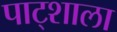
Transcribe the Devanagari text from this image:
पाट्शाला